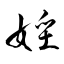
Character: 婬